Annual statistical returns and brief notes on vaccination in Bengal - 1909-1929
Year: 1909
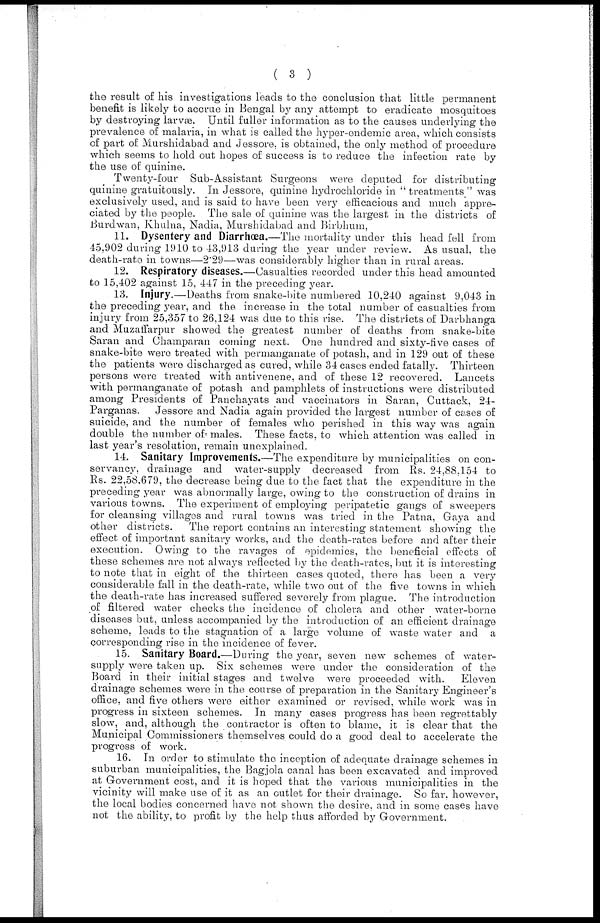
( 3 )
the result of his investigations leads to the conclusion that little permanent
benefit is likely to accrue in Bengal by any attempt to eradicate mosquitoes
by destroying larvæ. Until fuller information as to the causes underlying the
prevalence of malaria, in what is called the hyper-endemic area, which consists
of part of Murshidabad and Jessore, is obtained, the only method of procedure
which seems to hold out hopes of success is to reduce the infection rate by
the use of quinine.
Twenty-four Sub-Assistant Surgeons were deputed for distributing
quinine gratuitously. In Jessore, quinine hydrochloride in " treatments " was
exclusively used, and is said to have been very efficacious and much appre-
ciated by the people. The sale of quinine was the largest in the districts of
Burdwan, Khulna, Nadia, Murshidabad and Birbhum,
11. Dysentery and Diarrhœa.—The mortality under this head fell from
45,902 during 1910 to 43,913 during the year under review. As usual, the
death-rate in towns—2.29—was considerably higher than in rural areas.
12. Respiratory diseases.—Casualties recorded under this head amounted
to 15,402 against 15, 447 in the preceding year.
13. Injury.—Deaths from snake-bite numbered 10,240 against 9,043 in
the preceding year, and the increase in the total number of casualties from
injury from 25,357 to 26,124 was due to this rise. The districts of Darbhanga
and Muzaffarpur showed the greatest number of deaths from snake-bite
Saran and Champaran coming next. One hundred and sixty-five cases of
snake-bite were treated with permanganate of potash, and in 129 out of these
the patients were discharged as cured, while 34 cases ended fatally. Thirteen
persons were treated with antivenene, and of these 12 recovered. Lancets
with permanganate of potash and pamphlets of instructions were distributed
among Presidents of Panchayats and vaccinators in Saran, Cuttack, 24-
Parganas. Jessore and Nadia again provided the largest number of cases of
suicide, and the number of females who perished in this way was again
double the number of males. These facts, to which attention was called in
last year's resolution, remain unexplained.
14. Sanitary Improvements.—The expenditure by municipalities on con-
servancy, drainage and water-supply decreased from Rs. 24,88,154 to
Rs. 22,58,679, the decrease being due to the fact that the expenditure in the
preceding year was abnormally large, owing to the construction of drains in
various towns. The experiment of employing peripatetic gangs of sweepers
for cleansing villages and rural towns was tried in the Patna, Gaya and
other districts. The report contains an interesting statement showing the
effect of important sanitary works, and the death-rates before and after their
execution. Owing to the ravages of epidemics, the beneficial effects of
these schemes are not always reflected by the death-rates, but it is interesting
to note that in eight of the thirteen cases quoted, there has been a very
considerable fall in the death-rate, while two out of the five towns in which
the death-rate has increased suffered severely from plague. The introduction
of filtered water checks the incidence of cholera and other water-borne
diseases but, unless accompanied by the introduction of an efficient drainage
scheme, leads to the stagnation of a large volume of waste water and a
corresponding rise in the incidence of fever.
15. Sanitary Board.—During the year, seven new schemes of water-
supply were taken up. Six schemes were under the consideration of the
Board in their initial stages and twelve were proceeded with.
Eleven
drainage schemes were in the course of preparation in the Sanitary Engineer's
office, and five others were either examined or revised, while work was in
progress in sixteen schemes. In many cases progress has been regrettably
slow, and, although the contractor is often to blame, it is clear that the
Municipal Commissioners themselves could do a good deal to accelerate the
progress of work.
16. In order to stimulate the inception of adequate drainage schemes in
suburban municipalities, the Bagjola canal has been excavated and improved
at Government cost, and it is hoped that the various municipalities in the
vicinity will make use of it as an outlet for their drainage. So far. however,
the local bodies concerned have not shown the desire, and in some cases have
not the ability, to profit by the help thus afforded by Government.